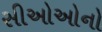
સીઓઓનો